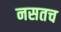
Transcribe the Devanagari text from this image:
नसतच